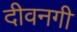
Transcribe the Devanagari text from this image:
दीवनगी